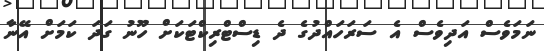
ނަމަވެސް އަދިވެސް އެ ސަަރަހައްދުގެ ދެ ޑިސްޓްރިކްޓަކަށް ހޫނު ގަދަ ކަމަށް އޭނާ